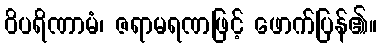
ဝိပရိဏာမံ၊ ဇရာမရဏဖြင့် ဖောက်ပြန်၏။